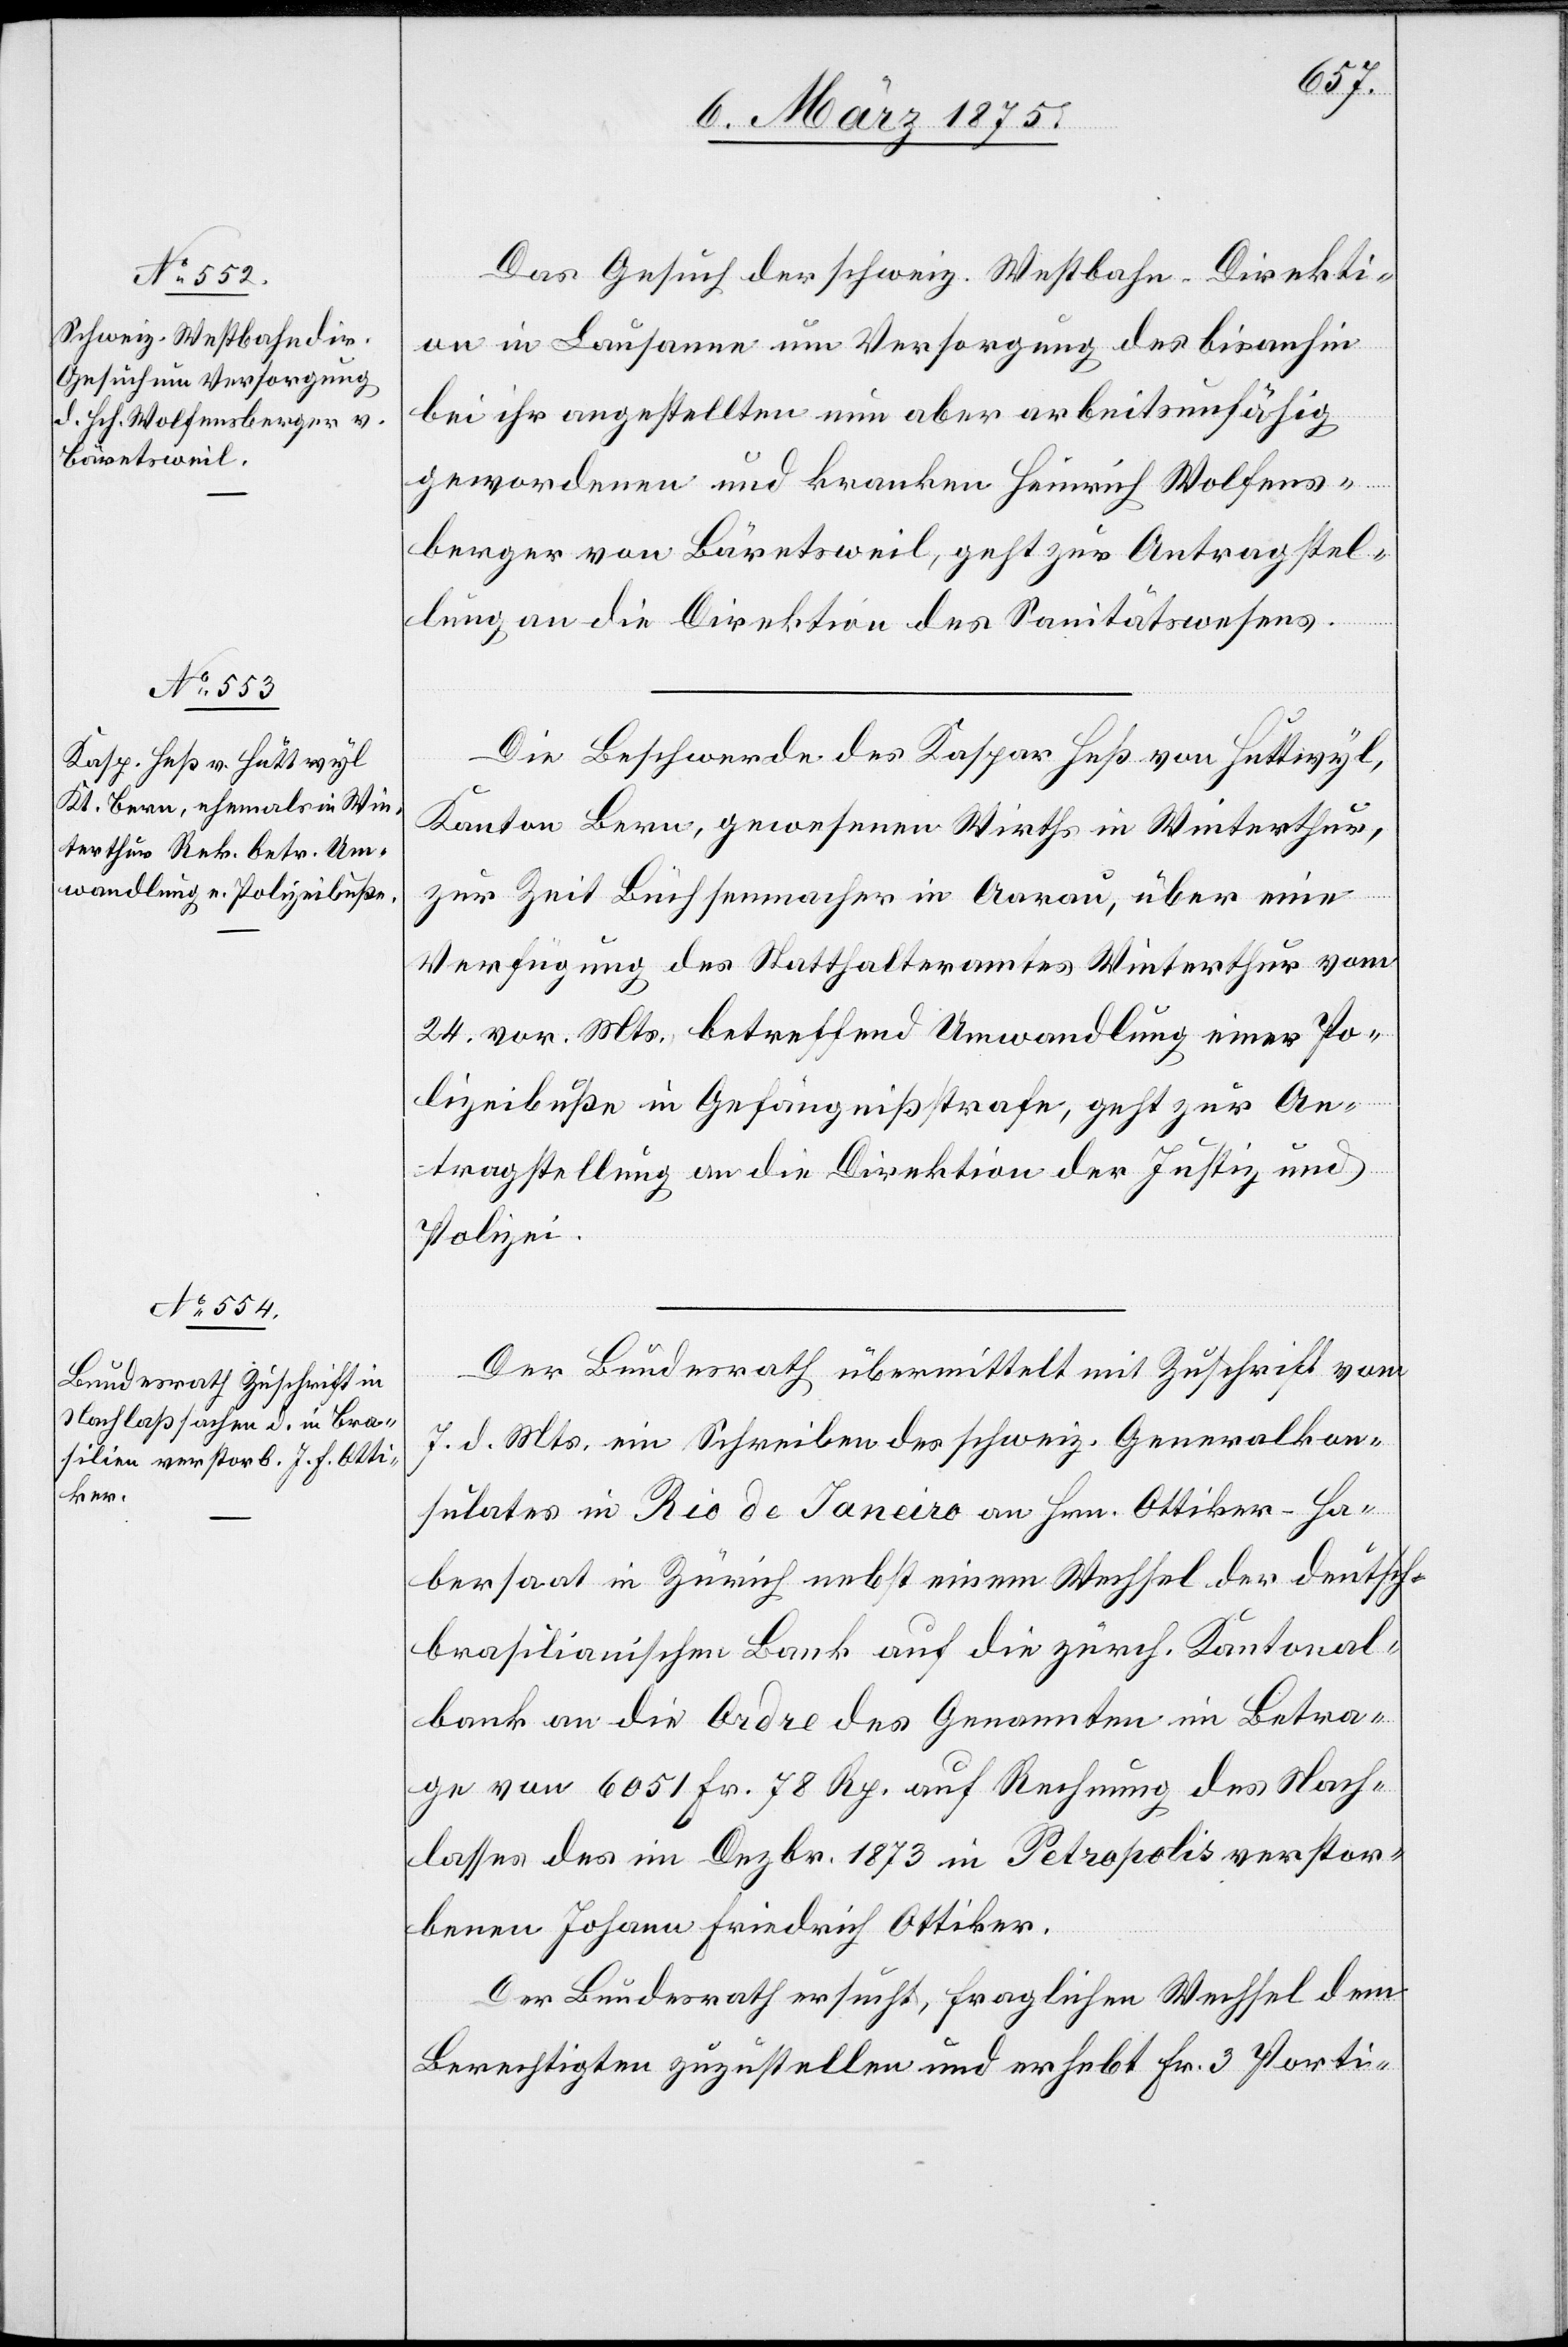
10. März 1875.]
Das Gesuch der schweiz. Westbahn-Direkti¬
on in Lausanne um Versorgung des bisanhin
bei ihr angestellten nun aber arbeitsunfähig
gewordenen und kranken Heinrich Wolfens¬
berger von Bäretsweil, geht zur Antragstel¬
lung an die Direktion des Sanitätswesens.
Die Beschwerde des Kaspar Heß von Huttwyl,
Kanton Bern, gewesenen Wirths in Winterthur,
zur Zeit Büchsenmacher in Aarau, über eine
Verfügung des Statthalteramtes Winterthur vom
24. vor. Mts., betreffend Umwandlung einer Po¬
lizeibuße in Gefängnißstrafe, geht zur An¬
tragstellung an die Direktion der Justiz und
Polizei.
Der Bundesrath übermittelt mit Zuschrift vom
7. d. Mts. ein Schreiben des schweiz. Generalkon¬
sulats in Rio de Janeiro an Hrn. Ottiker-Ha¬
bersaat in Zürich nebst einem Wechsel der deutsc¬
h-brasilianischen Bank auf die zürch Kantonal¬
bank an die Ordre des Genannten im Betra¬
ge von 6051 Fr. 78 Rp. auf Rechnung des Nach¬
lasses des im Dezbr. 1873 in Petropolis verstor¬
benen Johann Friedrich Ottiker.
Der Bundesrath ersucht, fraglichen Wechsel dem
Berechtigten zuzustellen und erhebt Fr. 3 Porti-